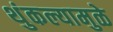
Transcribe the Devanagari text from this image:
थुंकल्यामुळे